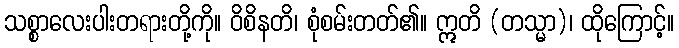
သစ္စာလေးပါးတရားတို့ကို။ ဝိစိနတိ၊ စုံစမ်းတတ်၏။ ဣတိ (တသ္မာ)၊ ထိုကြောင့်။